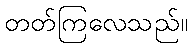
တတ်ကြလေသည်။